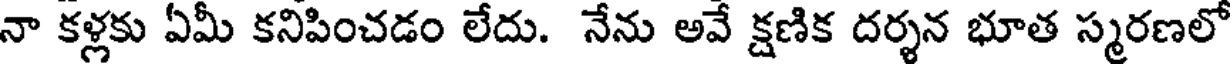
నా కళ్లకు ఏమీ కనిపించడం లేదు. నేను అవే క్షణిక దర్శన భూత స్మరణలో